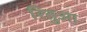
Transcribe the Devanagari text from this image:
रितुआ